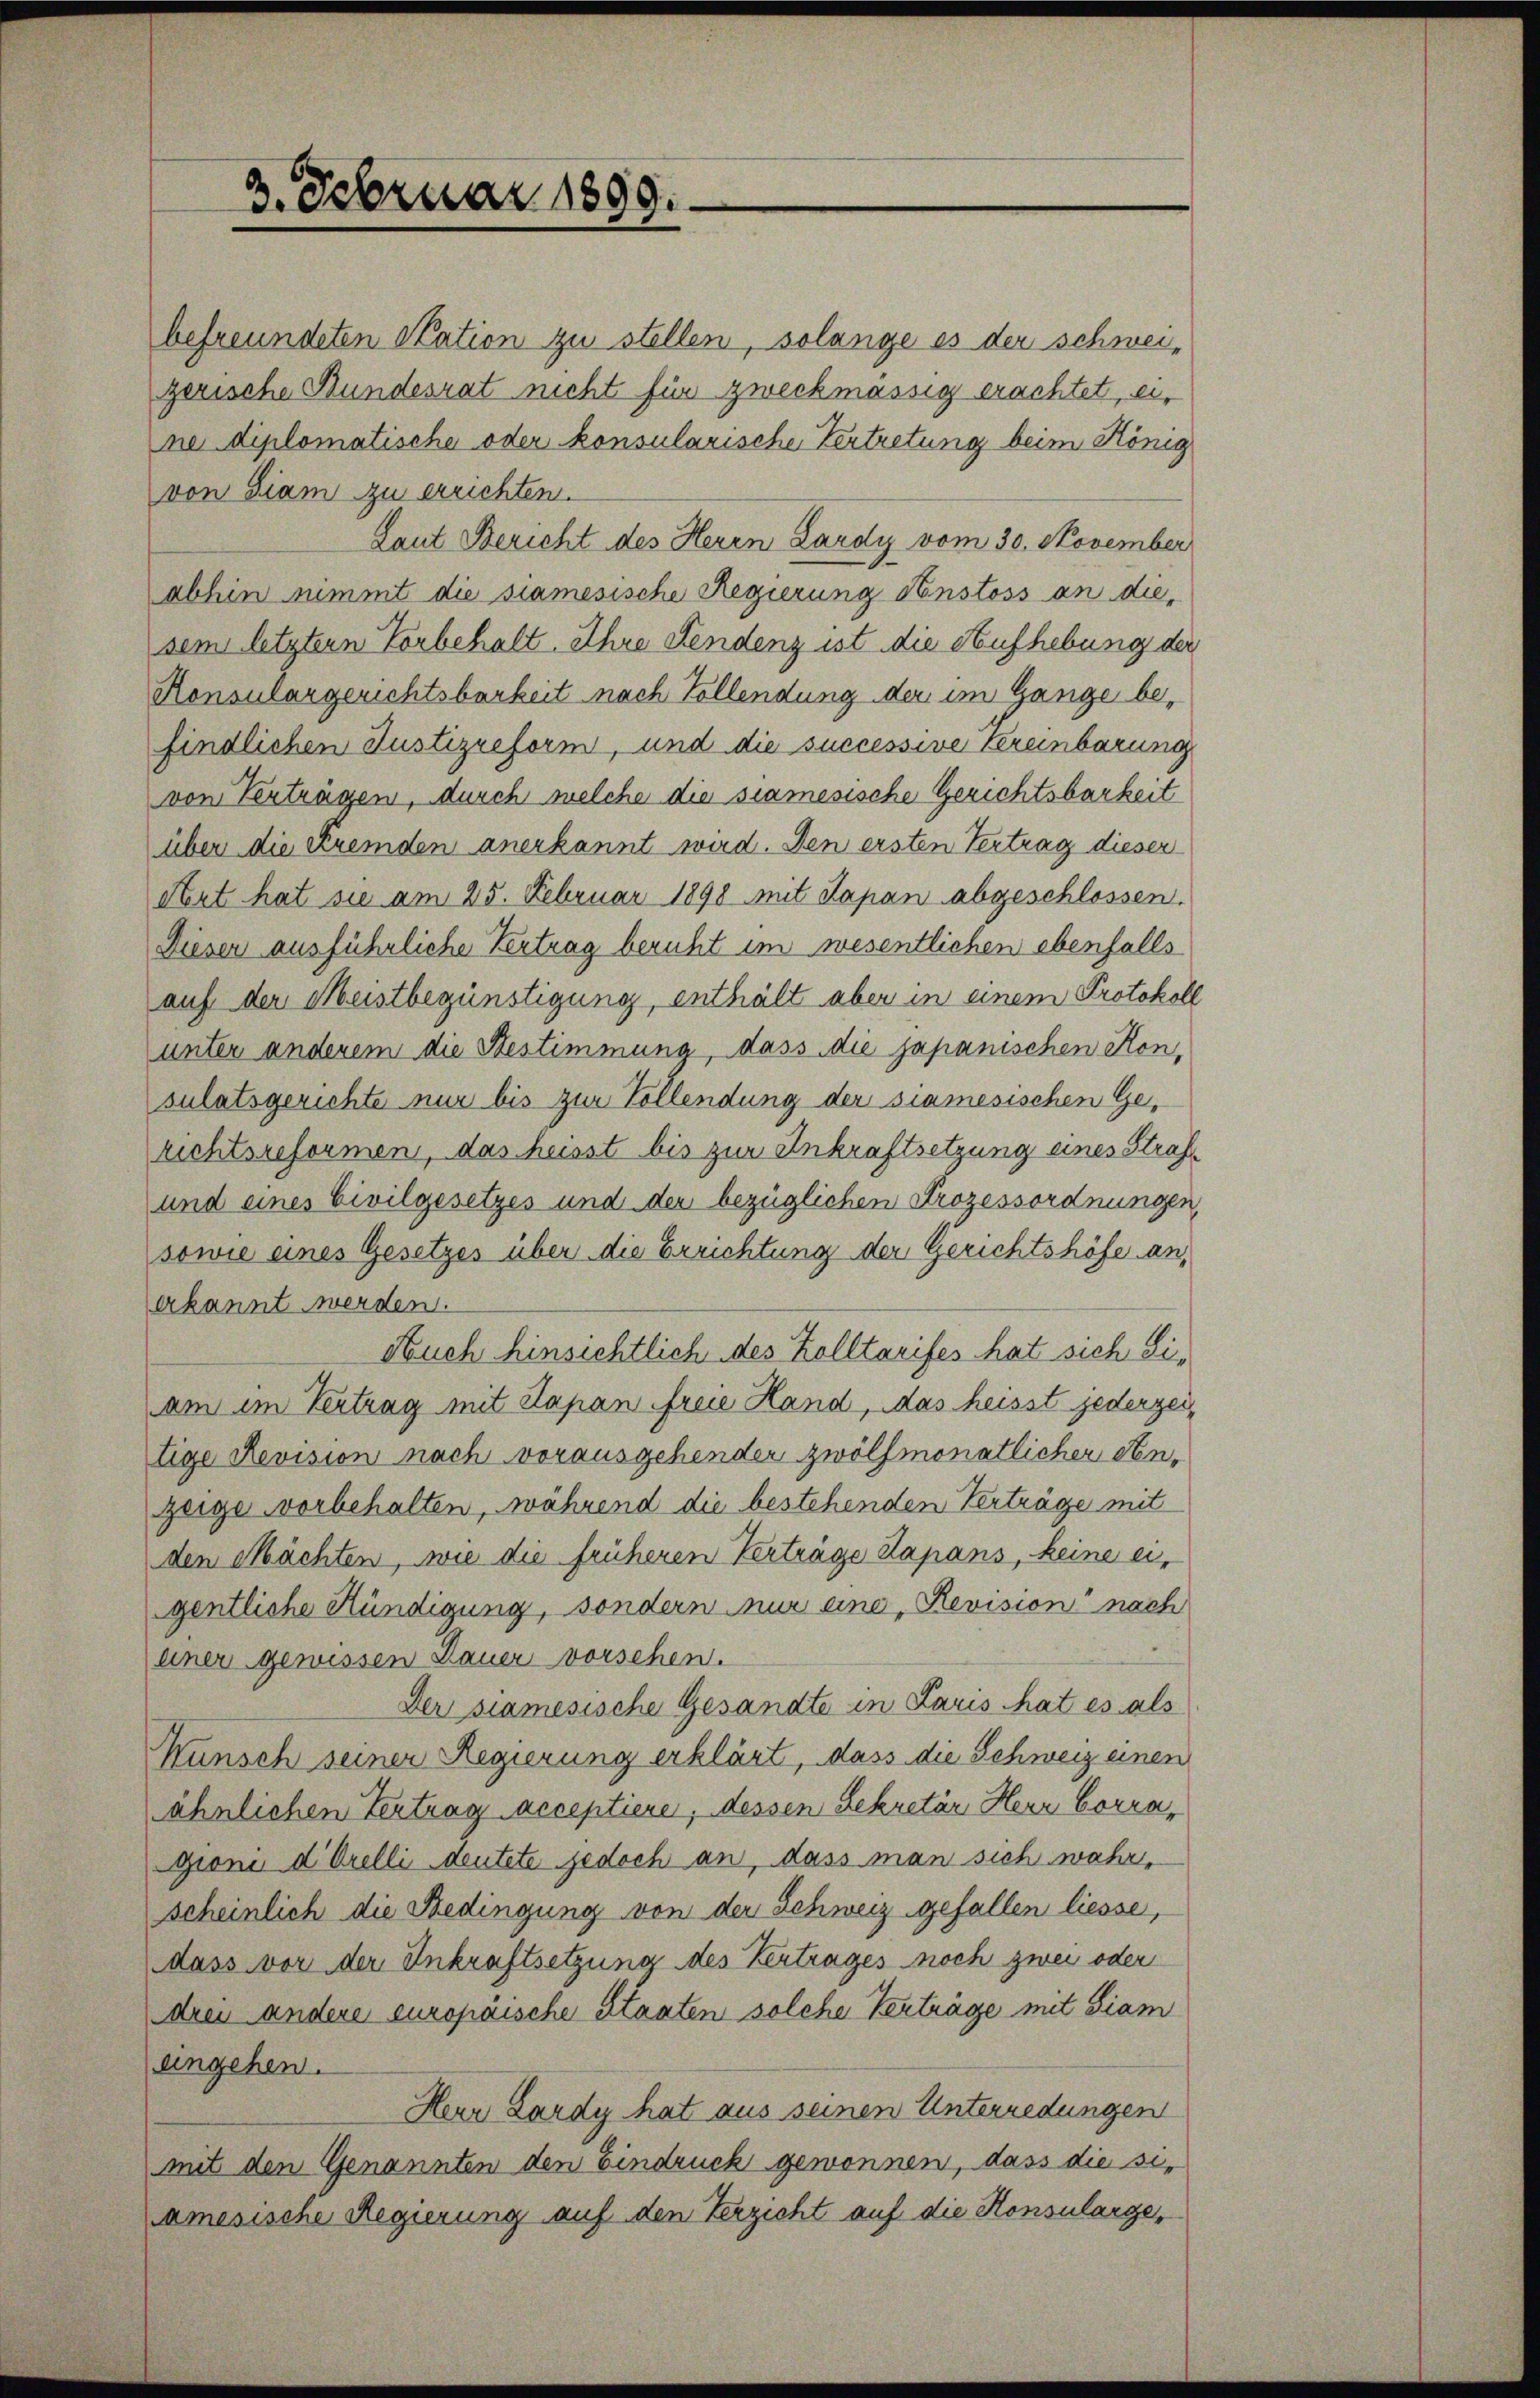
befreundeten Station zu stellen, solange es der schweizerische Bundesrat nicht für zweckmässig erachtet, eine diplomatische oder konsularische Vertretung beim König
von Siam zu errichten.
Laut Bericht des Herrn Lardy vom 30. November
abhin nimmt die siamesische Regierung Anstoss an diesem letztern Vorbehalt Ihre Fendenz ist die Aufhebung der
Konsulargerichtsbarkeit nach Vollendung der im Gange befindlichen Justizreform, und die successive Vereinbarung
von Verträgen, durch welche die samesische Gerichtsbarkeit
über die Kremden anerkannt wird. Den ersten Vertrag dieser
Art hat sie am 25. Februar 1898 mit Sapan abgeschlossen.
Dieser ausführliche Vertrag beruht im wesentlichen ebenfalls
auf der Meistbegünstigung, enthält aber in einem Protokoll
unter anderem die Bestimmung, dass die japanischen Konsulatsgerichte nur bis zur Vollendung der siamesischen Gerichtsreformen, das heisst bis zur Ankraftsetzung eines Straf¬
und eines Civilgesetzes und der bezüglichen Prozessordnungen
sowie eines Gesetzes über die Errichtung der Gerichtshöfe an,
erkannt werden.
Auch hinsichtlich des Kolltarifes hat sich Siam im Vertrag mit Kapan freie Hand, das heisst jederzeitige Revision nach vorausgehender zwölf monatlicher denzeige vorbehalten, während die bestehenden Verträge mit
den Mächten, wie die früheren Verträge Kapans, keine eigentliche Kündigung, sondern nur eine Revision nach
einer gewissen Dauer vorschen.
Der samesische Gesandte in Paris hat es als
Kunsch seiner Regierung erklärt, dass die Schweiz einen
ähnlichen Vertrag acceptiere; dessen Sekretär Herr Corragioni d. Orelli deutete jedoch an, dass man sich wahr,
scheinlich die Bedingung von der Schweiz gefallen liesse,
dass vor der Inkraftsetzung des Vertrages noch zwei oder
drei andere europäische Staaten solche Verträge mit Siam
eingehen.
Herr Lardy hat aus seinen Unterredungen
mit den Genannten den Eindruck gewonnen, dass die siamesische Regierung auf den Verzicht auf die Konsularge¬

3. Februar 1899.